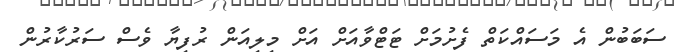
ސަބަބުން އެ މަސައްކަތް ފެށުމަށް ޓަޓްވާއަށް އަށް މިލިއަން ރުފިޔާ ވެސް ސަރުކާރުން